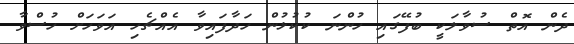
ދެން އޮތް ސުވާލަކީ ބުފޭގައި ހުންނަ ކުކުޅުން ހަދާފައިވާ އެއްޗެހި އަވަހަށް ހުސްވާ